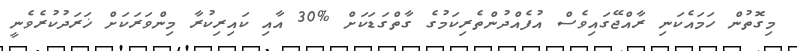
މިގޮތުން ހަމައެކަނި ރާއްޖޭގައިވެސް އުފެއްދުންތެރިކަމުގެ ގާތްގަޑަކަށް %30 އާއި ކައިރިކުރާ މިންވަރަކަށް ޚަރަދުކުރެވެނީ